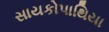
સાયકોપાથિયા